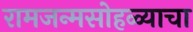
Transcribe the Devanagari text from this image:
रामजन्मसोहळ्याचा